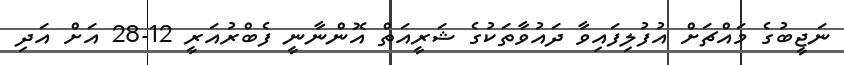
ނަޖީބުގެ މައްޗަށް އުފުލިފައިވާ ދައުވާތަކުގެ ޝަރީއަތް އޮންނާނީ ފެބްރުއަރީ 12-28 އަށް އަދި